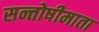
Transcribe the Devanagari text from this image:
सन्तोषीमाता